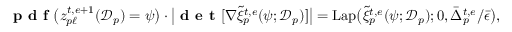
\begin{array} { r } { \textbf { p d f } \big ( z _ { p \ell } ^ { t , e + 1 } ( \mathcal { D } _ { p } ) = \psi \big ) \cdot \big | \textbf { d e t } [ \nabla \tilde { \xi } _ { p } ^ { t , e } ( \psi ; \mathcal { D } _ { p } ) ] \big | = \mathrm { L a p } \big ( \tilde { \xi } _ { p } ^ { t , e } ( \psi ; \mathcal { D } _ { p } ) ; 0 , \bar { \Delta } _ { p } ^ { t , e } / \bar { \epsilon } \big ) , } \end{array}